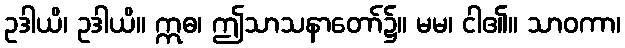
ဥဒါယိ၊ ဥဒါယိ။ ဣဓ၊ ဤသာသနာတော်၌။ မမ၊ ငါ၏။ သာဝကာ၊